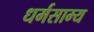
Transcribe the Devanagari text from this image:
धर्मसाम्य